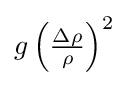
g\left({\tfrac {\Delta \rho }{\rho }}\right)^{2}